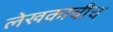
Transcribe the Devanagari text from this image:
लेखकाचीच